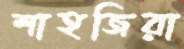
শাহজিরা